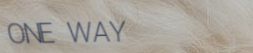
ONE WAY